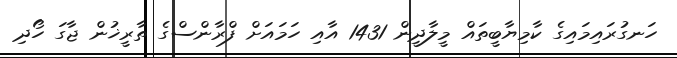
ހަނގުރައިމައިގެ ކާމިޔާބީތައް މީލާދީން 1431 އާއި ހަމައަށް ފްރާންސްގެ ތާރީޚުން ޖާގަ ހޯދި